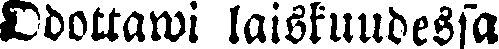
Odottawi laiskuudessa